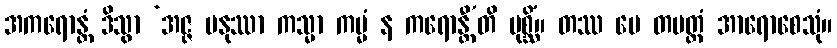
အကရောန္တံ ဒိသွာ ‘အဇ္ဇ မနုဿာ ကသ္မာ ကမ္မံ န ကရောန္တီ’တိ ပုစ္ဆိံ။ တဿ မေ တမတ္ထံ အာရောစေသုံ။